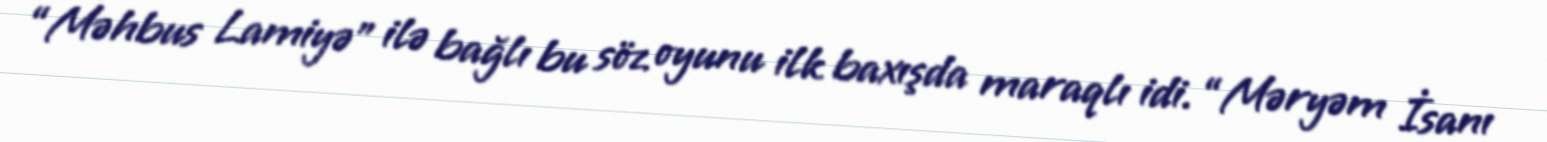
“Məhbus Lamiyə” ilə bağlı bu söz oyunu ilk baxışda maraqlı idi. “Məryəm İsanı